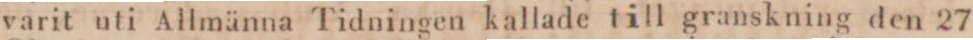
varit uti Allmänna Tidningen kallade till granskning den 27